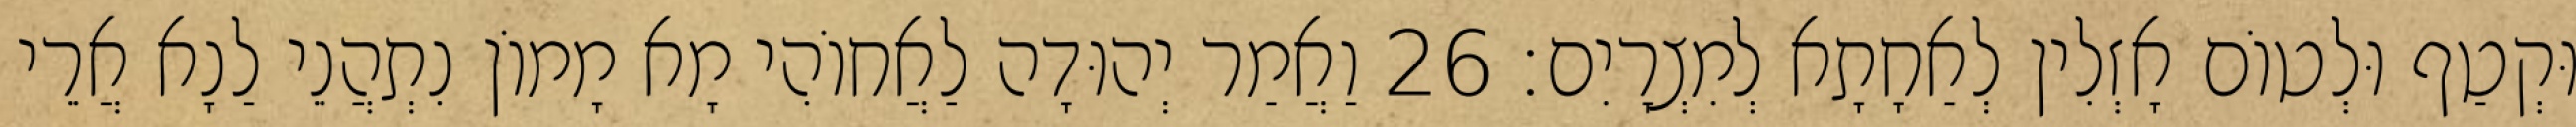
וּקְטַף וּלְטוֹם אָזְלִין לְאַחָתָא לְמִצְרָיִם׃ 26 וַאֲמַר יְהוּדָה לַאֲחוֹהִי מָא מָמוֹן נִתְהֲנֵי לַנָא אֲרֵי